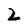
Character: 2